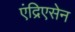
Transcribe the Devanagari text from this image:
एंद्रिएसेन